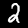
Label: 2